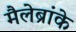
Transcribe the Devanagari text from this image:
मैलेब्रांके